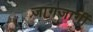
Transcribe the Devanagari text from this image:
जागजागीं